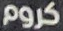
كروم